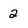
Character: 2